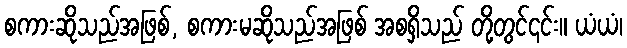
စကားဆိုသည်အဖြစ်, စကားမဆိုသည်အဖြစ် အစရှိသည် တို့တွင်၎င်း။ ယံယံ၊